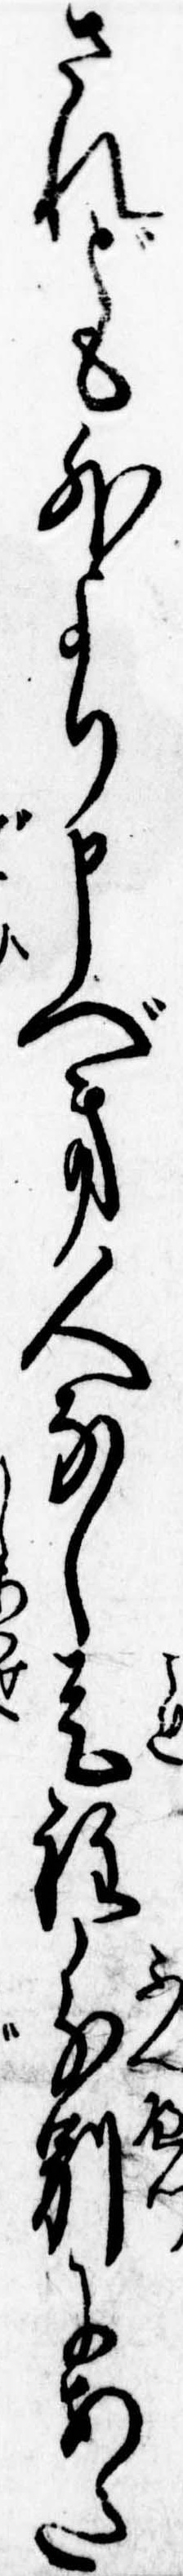
されども外より申べき人なし是程分別にあた